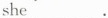
she___.